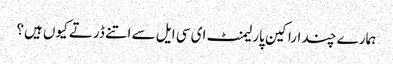
ہمارے چند اراکین پارلیمنٹ ای سی ایل سے اتنے ڈرتے کیوں ہیں؟